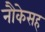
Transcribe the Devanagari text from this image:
नौकेसह